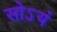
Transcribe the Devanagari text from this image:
सोऽयं